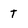
Character: t